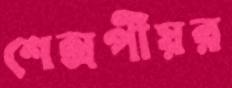
শেক্সপীয়র